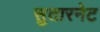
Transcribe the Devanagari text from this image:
सुतारनेट